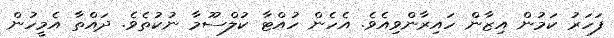
ފަހަރު ކަމުން އިޒާން ހައިރާންވިއެވެ. އެހެން ހުއްޓާ ކުލްސޫމާ ނުކުތެވެ. ދައްތާ އެމީހުން